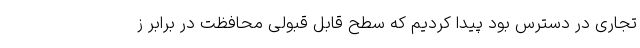
تجاری در دسترس بود پیدا کردیم که سطح قابل قبولی محافظت در برابر ز